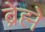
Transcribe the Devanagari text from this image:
ब्रेह्मे